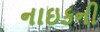
નાઇકની